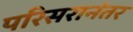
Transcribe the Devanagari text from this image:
परिसरानंतर